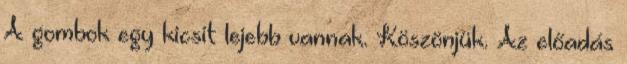
A gombok egy kicsit lejebb vannak. Köszönjük. Az előadás